Report on vaccination in Madras 1922-1929 - 1922-1929
Year: 1922
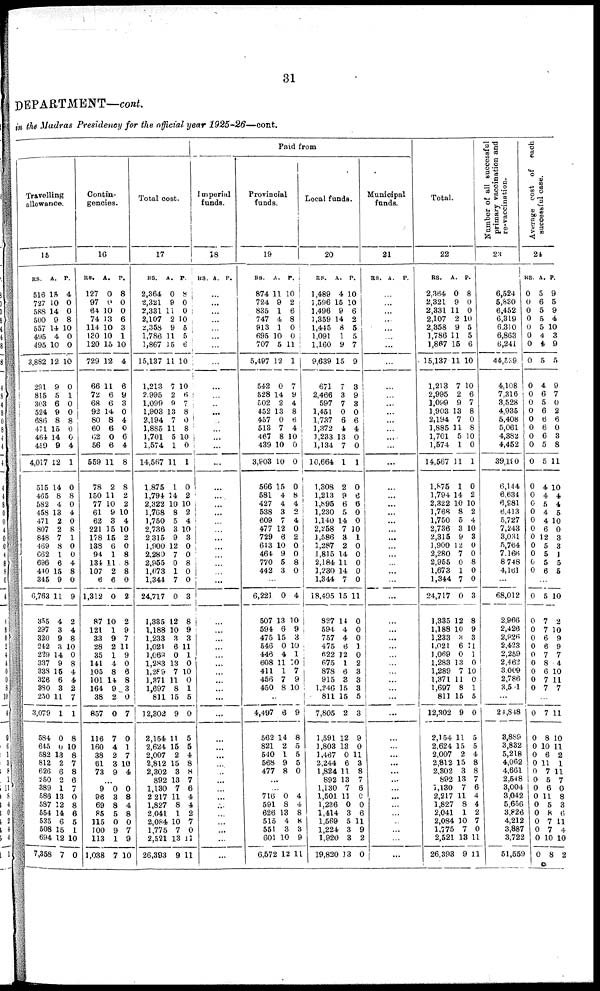
31
DEPARTMENT—cont.
in the Madras Presidency for the official year 1925-26—cont.
Travelling
allowance.
15
RS.
516
727
588
500
557
495
495
3,882
291
815
303
524
686
471
464
459
4,017
515
465
582
458
471
807
848
469
662
696
440
345
6,763
355
297
320
242
229
337
338
326
380
250
3,079
584
645
582
812
626
250
389
586
587
554
535
508
694
7,358
A.
15
10
14
9
14
4
10
12
9
5
6
9
8
15
14
9
12
14
8
4
13
2
2
7
8
1
6
15
9
11
4
3
9
3
14
9
15
6
3
11
1
0
0
13
2
6
2
1
13
12
14
6
15
12
7
P.
4
0
0
8
10
0
0
10
0
1
0
0
8
0
0
4
1
0
8
0
4
0
8
1
0
0
4
8
0
9
2
4
8
10
0
8
4
4
2
7
l
8
10
8
7
8
6
7
0
8
6
5
1
10
0
Contin-
gencies.
16
RS.
127
97
64
74
114
130
120
729
66
72
68
92
80
60
62
56
559
78
150
77
61
62
221
178
138
94
134
107
6
1,312
87
121
33
28
35
141
105
101
164
38
857
116
160
38
61
73
A.
0
0
10
13
10
10
15
12
11
6
6
14
8
6
0
6
11
2
11
10
9
3
15
15
6
1
11
2
6
0
10
1
9
2
1
4
8
14
9
2
0
7
4
2
3
9
P.
8
0
0
6
3
1
10
4
6
9
3
0
4
0
6
4
8
8
2
2
10
4
10
2
0
8
8
8
0
2
2
9
7
11
9
0
6
8
3
0
7
0
1
7
10
4
...
9
96
69
85
115
100
113
1,038
0
3
8
5
0
9
1
7
0
8
4
8
0
7
9
10
Total cost.
17
RS.
2,364
2,321
2,331
2,107
2,358
1,786
1,867
15,137
1,213
2,995
1,099
1,903
2,194
1,885
1,701
1,574
14,567
1,875
1,794
2,322
1,768
1,750
2,736
2,315
1,900
2,280
2,955
1,673
1,344
24,717
1,335
1,188
1,233
1,021
1,069
1,283
1,289
1,371
1,697
811
12,302
2,154
2,624
2,007
2,812
2,302
892
1,130
2,217
1,827
2,041
2,084
1,775
2,521
26,393
A.
0
9
11
2
9
11
15
11
7
2
9
13
7
11
5
1
11
1
14
10
8
5
3
9
12
7
0
1
7
0
12
10
3
6
0
13
7
11
8
15
9
11
15
2
15
3
13
7
11
8
1
10
7
13
9
P.
8
0
0
10
5
5
6
10
10
6
7
8
0
8
10
0
1
0
2
10
2
4
10
3
0
0
8
0
0
3
8
9
3
11
1
0
10
0
1
5
0
5
5
4
8
8
7
6
4
4
2
7
0
11
11
Paid from
Imperial
funds.
18
RS. A. P.
...
...
...
...
...
...
...
...
...
...
...
...
...
...
...
...
...
...
...
...
...
...
...
...
...
...
...
...
...
...
...
...
...
...
...
...
...
...
...
...
...
...
...
...
...
...
...
...
...
...
...
...
...
...
...
Provincial
funds.
19
RS.
874
724
835
747
913
695
707
5,497
542
528
502
452
457
513
467
439
3,903
566
581
427
538
609
477
729
613
464
770
442
A.
11
9
1
4
1
10
5
12
0
14
2
13
0
7
8
10
10
15
4
4
3
7
12
6
10
9
5
3
P.
10
2
6
8
0
0
11
1
7
9
4
8
6
4
10
0
0
0
8
4
2
4
0
2
0
0
8
0
...
6,221
507
594
475
546
446
608
411
456
450
0
13
6
15
0
4
11
1
7
8
4
10
9
3
10
1
10 7
9
10
...
4,497
562
821
540
568
477
6
14
2
1
9
8
9
8
5
5
5
0
...
...
716
591
626
515
551
601
6,572
0
8
13
4
3
10
12
4
4
8
8
3
9
11
Local funds.
20
RS.
1,489
1,596
1,496
1,359
1,445
1,091
1,160
9,639
671
2,466
597
1,451
1,737
1,372
1,233
1,134
10,664
1,308
1,213
1,895
1,230
1,140
2,258
1,586
1,287
1,815
2,184
1,230
1,344
18,495
827
594
757
475
622
675
878
915
1,240
811
7,805
1,591
1,803
1,467
2,244
1,824
892
1,130
1,501
1,236
1,414
1,569
1,224
1,920
19,820
A.
4
15
9
14
8
1
9
15
7
3
7
0
6
4
13
7
1
2
9
6
5
14
7
3
2
14
11
14
7
15
14
4
4
6
12
1
6
3
15
15
2
12
13
0
6
11
13
7
11
0
3
5
3
3
13
P.
10
10
6
2
5
5
7
9
3
9
3
0
6
4
0
0
1
0
6
6
0
0
10
1
0
0
0
0
0
11
0
0
0
1
0
2
3
3
3
5
3
9
0
11
3
8
7
6
0
0
6
11
9
2
0
Municipal
funds.
21
RS. A. P.
...
...
...
...
...
...
...
...
...
...
...
...
...
...
...
...
...
...
...
...
...
...
...
...
...
...
...
...
...
...
...
...
...
...
...
...
...
...
...
...
...
...
...
...
...
...
...
...
...
...
...
...
...
...
...
Total.
22
RS.
2,364
2,321
2,331
2,107
2,358
1,786
1,867
15,137
1,213
2,995
1,099
1,903
2,194
1,885
1,701
1,574
14,567
1,875
1,794
2,322
1,768
1,750
2,736
2,315
1,900
2,280
2,955
1,673
1,344
24,717
1,335
1,188
1,233
1,021
1,069
1,283
1,289
1,371
1,697
811
12,302
2,154
2,624
2,007
2,812
2,302
892
1,130
2,217
1,827
2,041
2,084
1,775
2,521
26,393
A.
0
9
11
2
9
11
15
11
7
2
9
13
7
11
5
1
11
1
14
10
8
5
3
9
12
7
0
1
7
0
12
10
3
6
0
13
7
11
8
15
9
11
15
2
15
3
13
7
11
8
1
10
7
13
9
P.
8
0
0
10
5
5
6
10
10
6
7
8
0
8
10
0
1
0
2
10
2
4
10
3
0
0
8
0
0
3
8
9
3
11
1
0
10
0
1
5
0
5
5
4
8
8
7
6
4
4
2
7
0
11
11
Number of all successful
primary vaccination and
re-vaccination.
23
6,524
5,830
6,452
6,319
6,310
6,863
6,241
44,539
4,108
7,316
3,528
4,935
5,408
5,061
4,382
4,452
39,180
6,144
6,634
6,981
6,413
5,727
7,243
3,031
5,764
7,166
8,748
4,161
...
68,012
2,966
2,426
2,926
2,423
2,259
2,462
3,009
2,786
3,501
...
24,848
3,889
3,832
5,218
4,062
4,661
2,548
3,004
3,042
5,656
3,826
4,212
3,887
3,722
51,559
Average cost of each
Successful case.
24
RS.
0
0
0
0
0
0
0
0
0
0
0
0
0
0
0
0
0
0
0
0
0
0
0
0
0
0
0
0
A.
5
6
5
5
5
4
4
5
4
6
5
6
6
6
6
5
5
4
4
5
4
4
6
12
5
5
5
6
P.
9
5
9
4
10
3
9
5
9
7
0
2
6
0
3
8
11
10
4
4
5
10
0
3
3
1
5
5
...
0
0
0
0
0
0
0
0
0
0
5
7
7
6
6
7
8
6
7
7
10
2
10
9
9
7
4
10
11
7
...
0
0
0
0
0
0
0
0
0
0
c
c
0
0
0
7
8
10
6
11
7
5
6
11
5
8
7
7
10
8
11
10
11
2
1
11
7
0
8
3
6
11
4
10
2